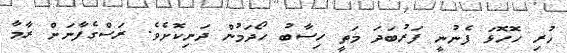
ހުރި ހޮހޮޅަ ފެނުނީ ފަރުބަދަ މަތީ ހިސާބު ހޯދަމުން ދަނިކޮށެވެ. ރަސްގެފާނަށް ރާމާ